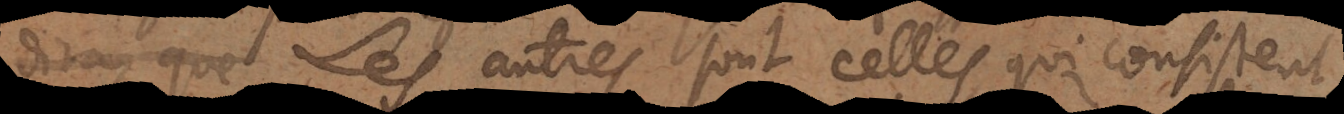
n’aura autres sont celles, qui consistent